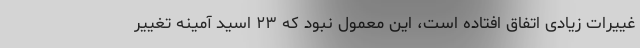
غییرات زیادی اتفاق افتاده است، این معمول نبود که ۲۳ اسید آمینه تغییر